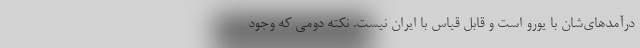
درآمدهای‌شان با یورو است و قابل قیاس با ایران نیست. نکته دومی که وجود